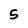
Character: 5